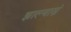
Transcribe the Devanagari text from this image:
झाल्यास्नं